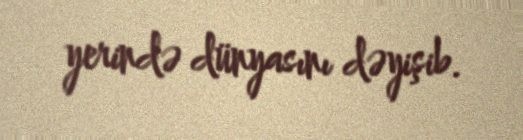
yerində dünyasını dəyişib.